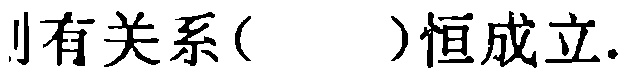
则有关系( )恒成立.